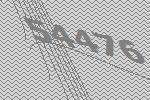
54476